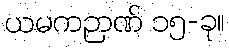
ယမကဉာဏ် ၁၅-ခု။